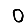
Digit: 0